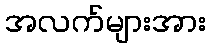
အလက်များအား